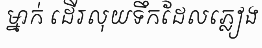
ម្នាក់ ដើរលុយទឹកដែលភ្លៀង